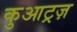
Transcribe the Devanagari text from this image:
कुआट्रज़